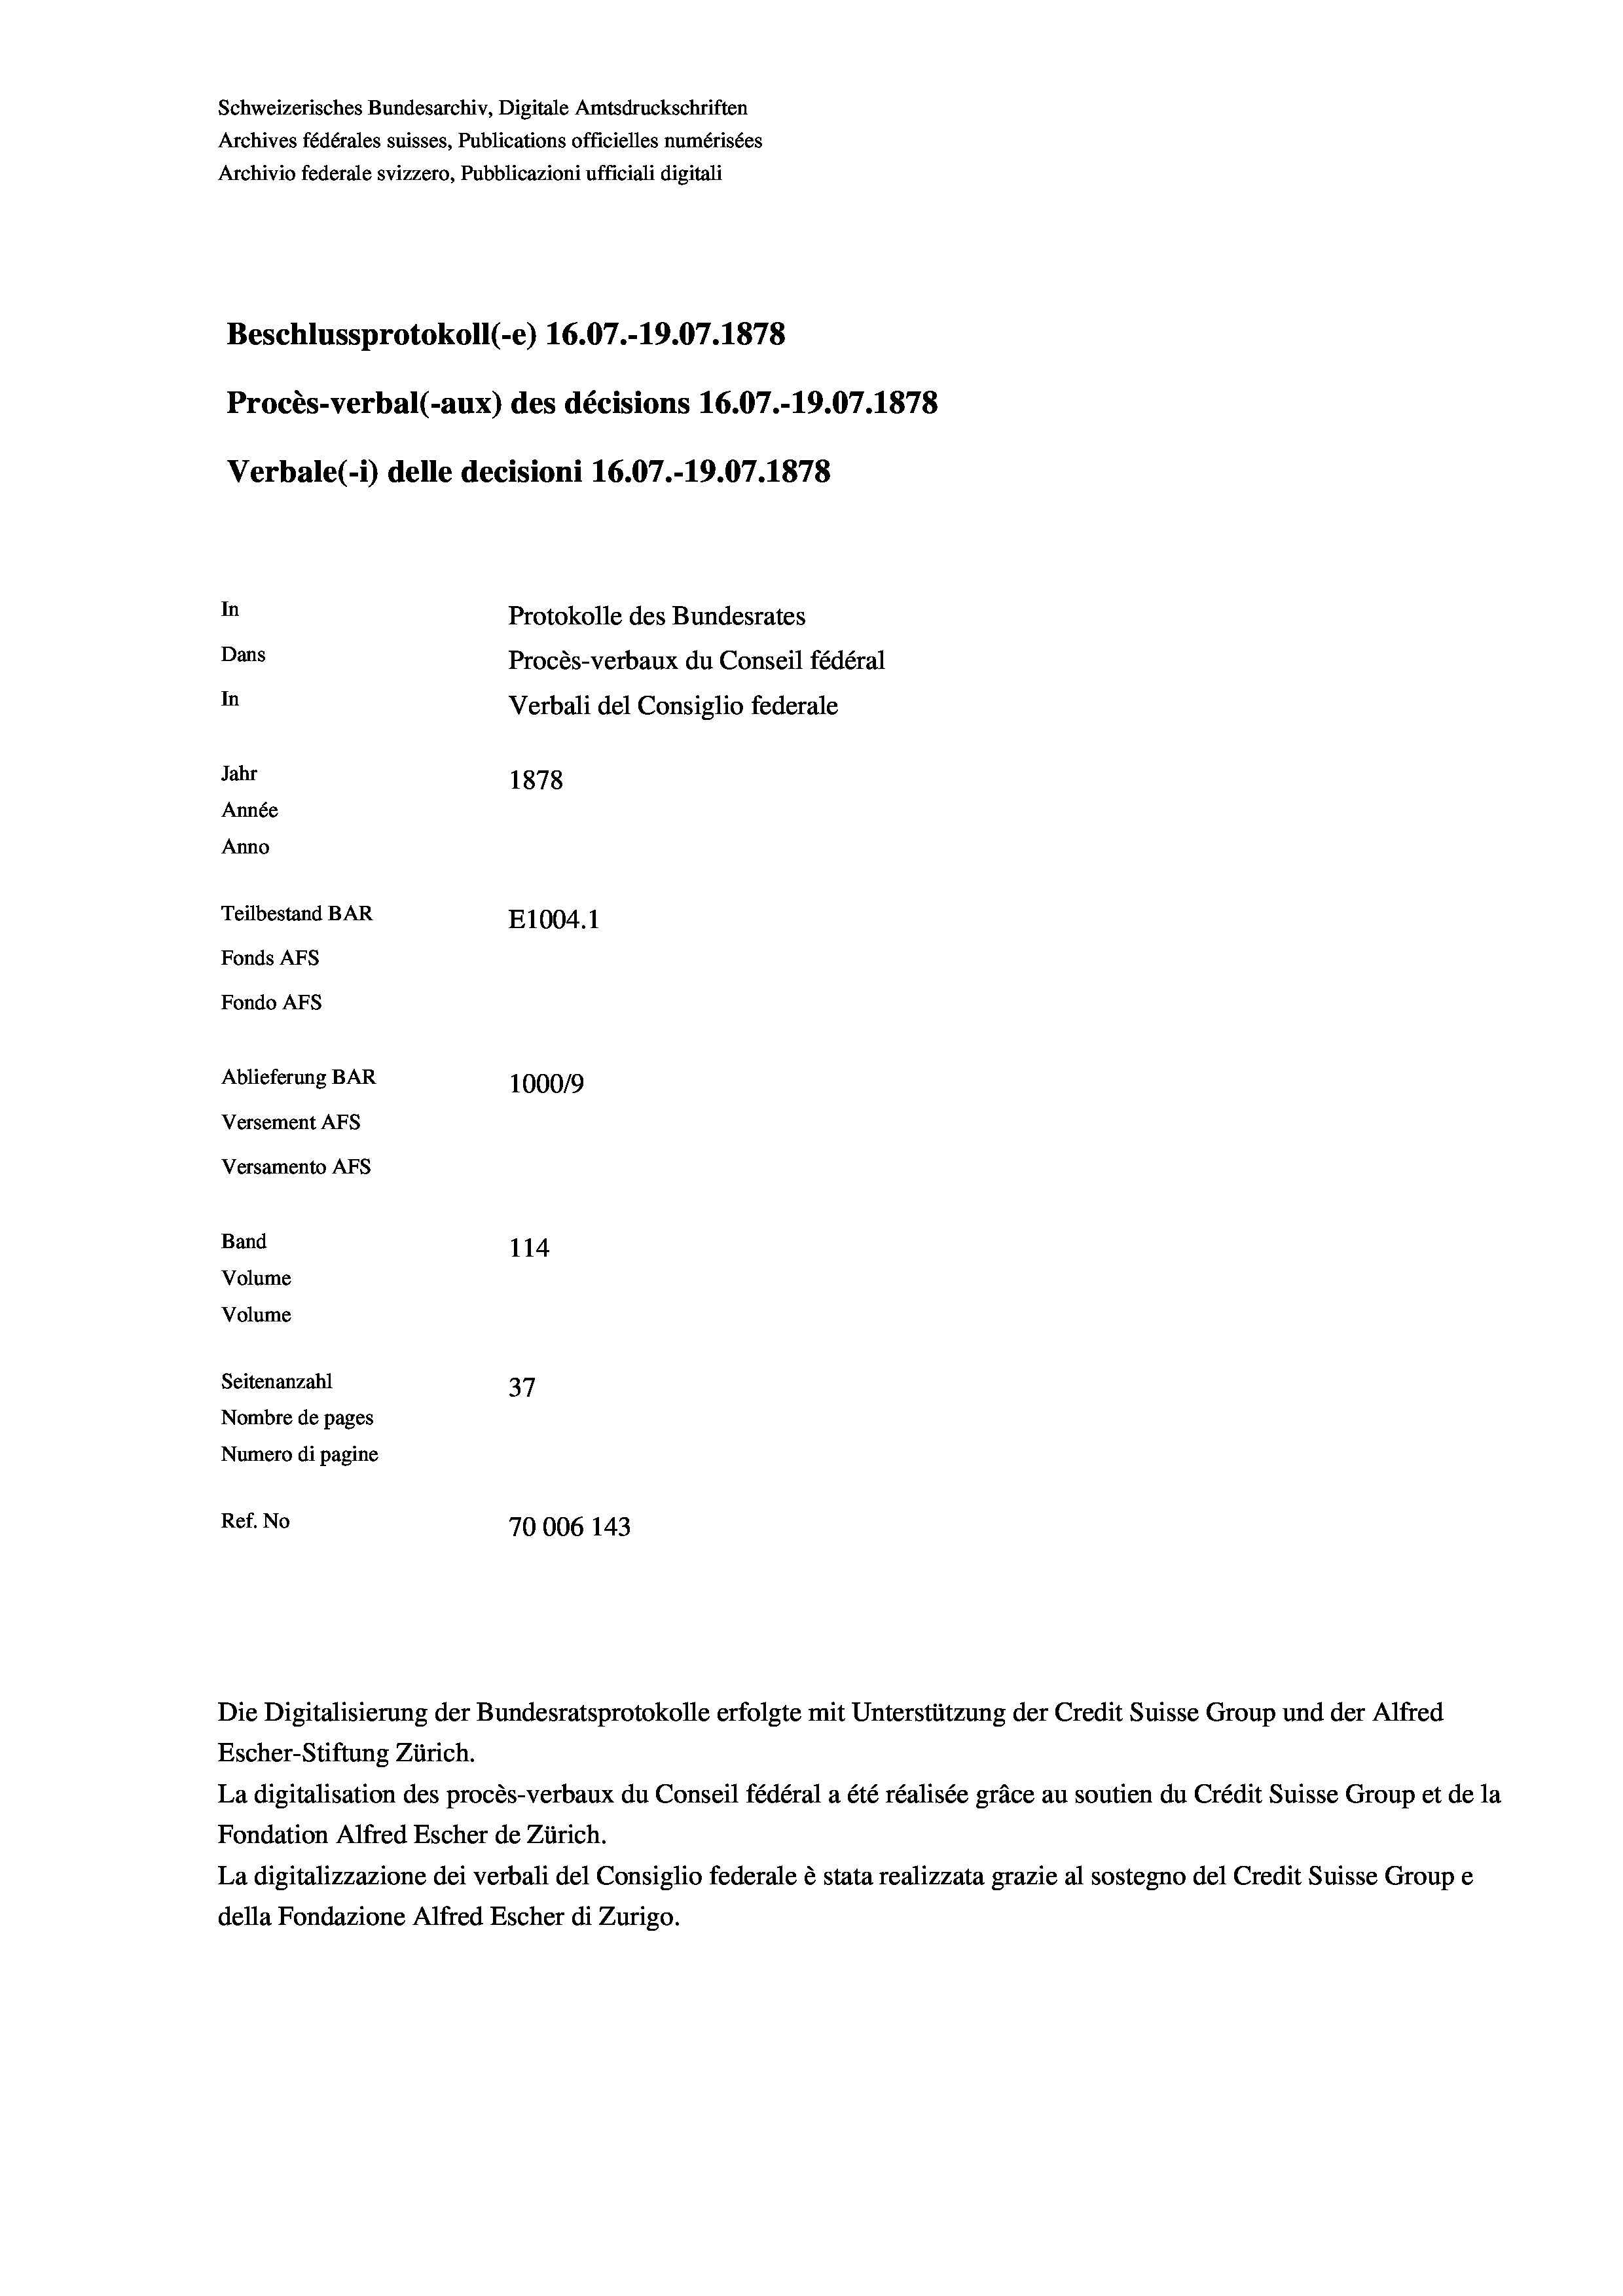
Schweizerisches Bundesarchiv, Digitale Amtsdruckschriften
Archives fédérales suisses, Publications officielles numérisées
Archivio federale svizzero, Pubblicazioni ufficiali digitali
Beschlussprotokoll (-e) 16.07.-19.07. 1878
Procès-verbal (-aux) des décisions 16.07.-19.07.1878
Verbale (- 1) delle decisioni 16.07.-19.07. 1878
In
Protokolle des Bundesrates
Dans
Procès-verbaux du Conseil fédéral
In
Verbali del Consiglio federale
Jahr
1878
Année
Anno
Teilbestand BAR
E1004. 1
Fonds Afs
Fondo Afs
Ablieferung BAR
100019
Versement AFs
Versamento AFs
Band
114
Volume
Volume
Seitenanzahl
37
Nombre de pages
Numero di pagine
Ref. No
70006 143

Escher-Stiftung Zürich.
La digitalisation des procès-verbaux du Conseil fédéral a été réalisée gräce au soutien du Crédit Suisse Group et de la
Fondation Alfred Escher de Zürich.
La digitalizzazione dei verbali del Consiglio federale è stata realizzata grazie al sostegno del Credit Suisse Groupe
della Fondazione Alfred Escher di Zurigo.

Die Digitalisierung der Bundesratsprotokolle erfolgte mit Unterstützung der Credit Suisse Group und der Alfred